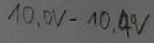
Text: 10,0V-10,4V